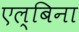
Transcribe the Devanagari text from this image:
एल्बिना